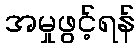
အမှုဖွင့်ရန်